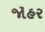
જૌહર